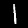
Digit: 1